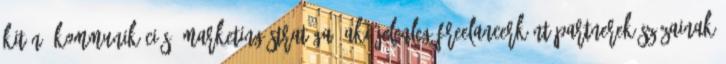
kitűnő kommunikációs, marketing stratéga, aki jelenleg freelancerként partnerek százainak